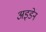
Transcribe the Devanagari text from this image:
अइडेन